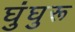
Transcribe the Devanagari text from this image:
घुंघुरू